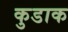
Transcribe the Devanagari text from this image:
कुडाक